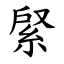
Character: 䋜